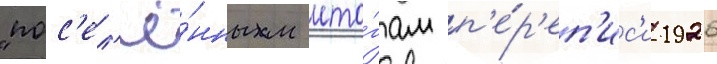
"пос'ел'ё́нным ито́гам п'е́р'еп'ис'и 1926